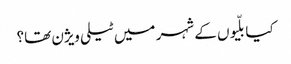
کیا بلّیوں کے شہر میں ٹیلی ویژن تھا؟